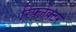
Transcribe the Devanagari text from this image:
रिफ्लेक्‍टर